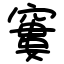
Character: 窶